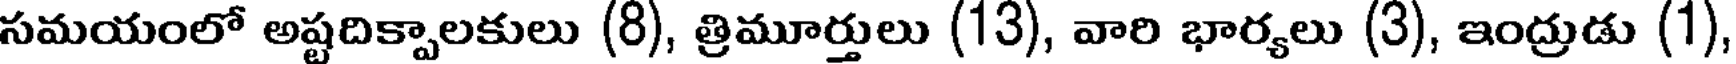
సమయంలో అష్టదిక్పాలకులు (8), త్రిమూర్తులు (13), వారి భార్యలు (3), ఇంద్రుడు (1)